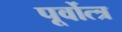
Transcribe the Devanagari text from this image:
पूर्वोत्त्र